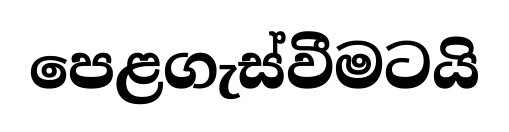
පෙළගැස්වීමටයි